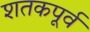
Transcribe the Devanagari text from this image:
शतकपूर्व